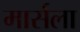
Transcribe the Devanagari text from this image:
मार्सला